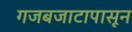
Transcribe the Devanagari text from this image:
गजबजाटापासून